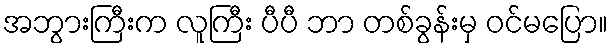
အဘွားကြီးက လူကြီး ပီပီ ဘာ တစ်ခွန်းမှ ဝင်မပြော။